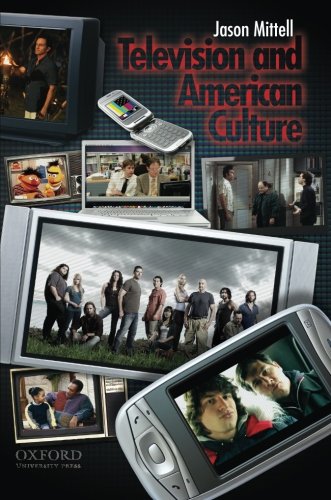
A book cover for Television and American Culture; Jason Mittell; Humor & Entertainment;